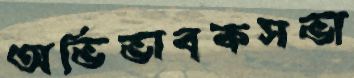
অভিভাবকসভা